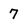
Character: 7